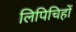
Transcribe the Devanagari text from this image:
लिपिचिहों